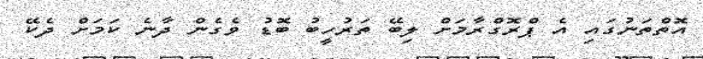
އޮތްތަނުގައި އެ ޕްރޮގްރާމަށް ލިބޭ ތަރުހީބު ބޮޑު ވެގެން ދާނެ ކަމަށް ދެކޭ